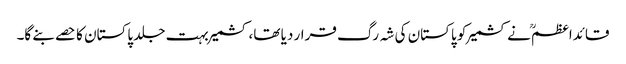
قائداعظمؒ نے کشمیر کو پاکستان کی شہ رگ قرار دیا تھا، کشمیر بہت جلد پاکستان کا حصے بنے گا۔